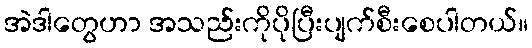
အဲဒါတွေဟာ အသည်းကိုပိုပြီးပျက်စီးစေပါတယ်။